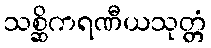
သစ္ဆိကရဏီယသုတ္တံ